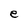
Character: e